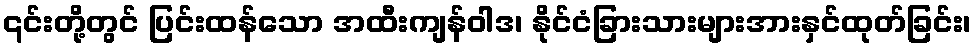
၎င်းတို့တွင် ပြင်းထန်သော အထီးကျန်ဝါဒ၊ နိုင်ငံခြားသားများအားနှင်ထုတ်ခြင်း၊